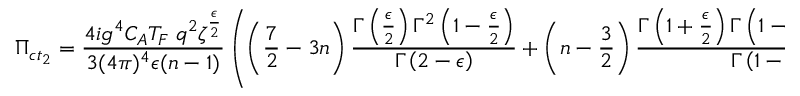
\Pi _ { c t _ { 2 } } = \frac { 4 i g ^ { 4 } C _ { A } T _ { F } \; q ^ { 2 } \zeta ^ { \frac { \epsilon } { 2 } } } { 3 ( 4 \pi ) ^ { 4 } \epsilon ( n - 1 ) } \left( \left( \frac { 7 } { 2 } - 3 n \right) \frac { \Gamma \left( \frac { \epsilon } { 2 } \right) \Gamma ^ { 2 } \left( 1 - \frac { \epsilon } { 2 } \right) } { \Gamma \left( 2 - \epsilon \right) } + \left( n - \frac { 3 } { 2 } \right) \frac { \Gamma \left( 1 + \frac { \epsilon } { 2 } \right) \Gamma \left( 1 - \frac { \epsilon } { 2 } \right) \Gamma \left( - \frac { \epsilon } { 2 } \right) } { \Gamma \left( 1 - \epsilon \right) } \right)